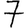
Digit: 7